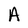
Character: A